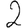
Digit: 2